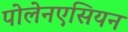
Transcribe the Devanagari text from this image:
पोलेनएसियन